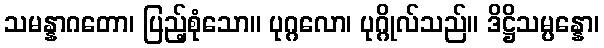
သမန္နာဂတော၊ ပြည့်စုံသော။ ပုဂ္ဂလော၊ ပုဂ္ဂိုလ်သည်။ ဒိဋ္ဌိသမ္ပန္နော၊